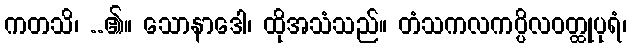
ကတသိ၊ ..၏။ သောနာဒေါ၊ ထိုအသံသည်။ တံသကလကပ္ပိလဝတ္ထုပုရံ၊